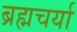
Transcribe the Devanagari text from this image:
ब्रह्मचर्या